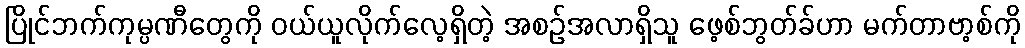
ပြိုင်ဘက်ကုမ္ပဏီတွေကို ဝယ်ယူလိုက်လေ့ရှိတဲ့ အစဉ်အလာရှိသူ ဖေ့စ်ဘွတ်ခ်ဟာ မက်တာဗာ့စ်ကို